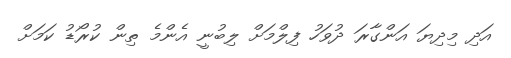
އަދި މިދިޔަ އަންގާރަ ދުވަހު ފިލްމަށް ލިބުނީ އެންމެ ތިން ކުރޯޑު ކަމަށް